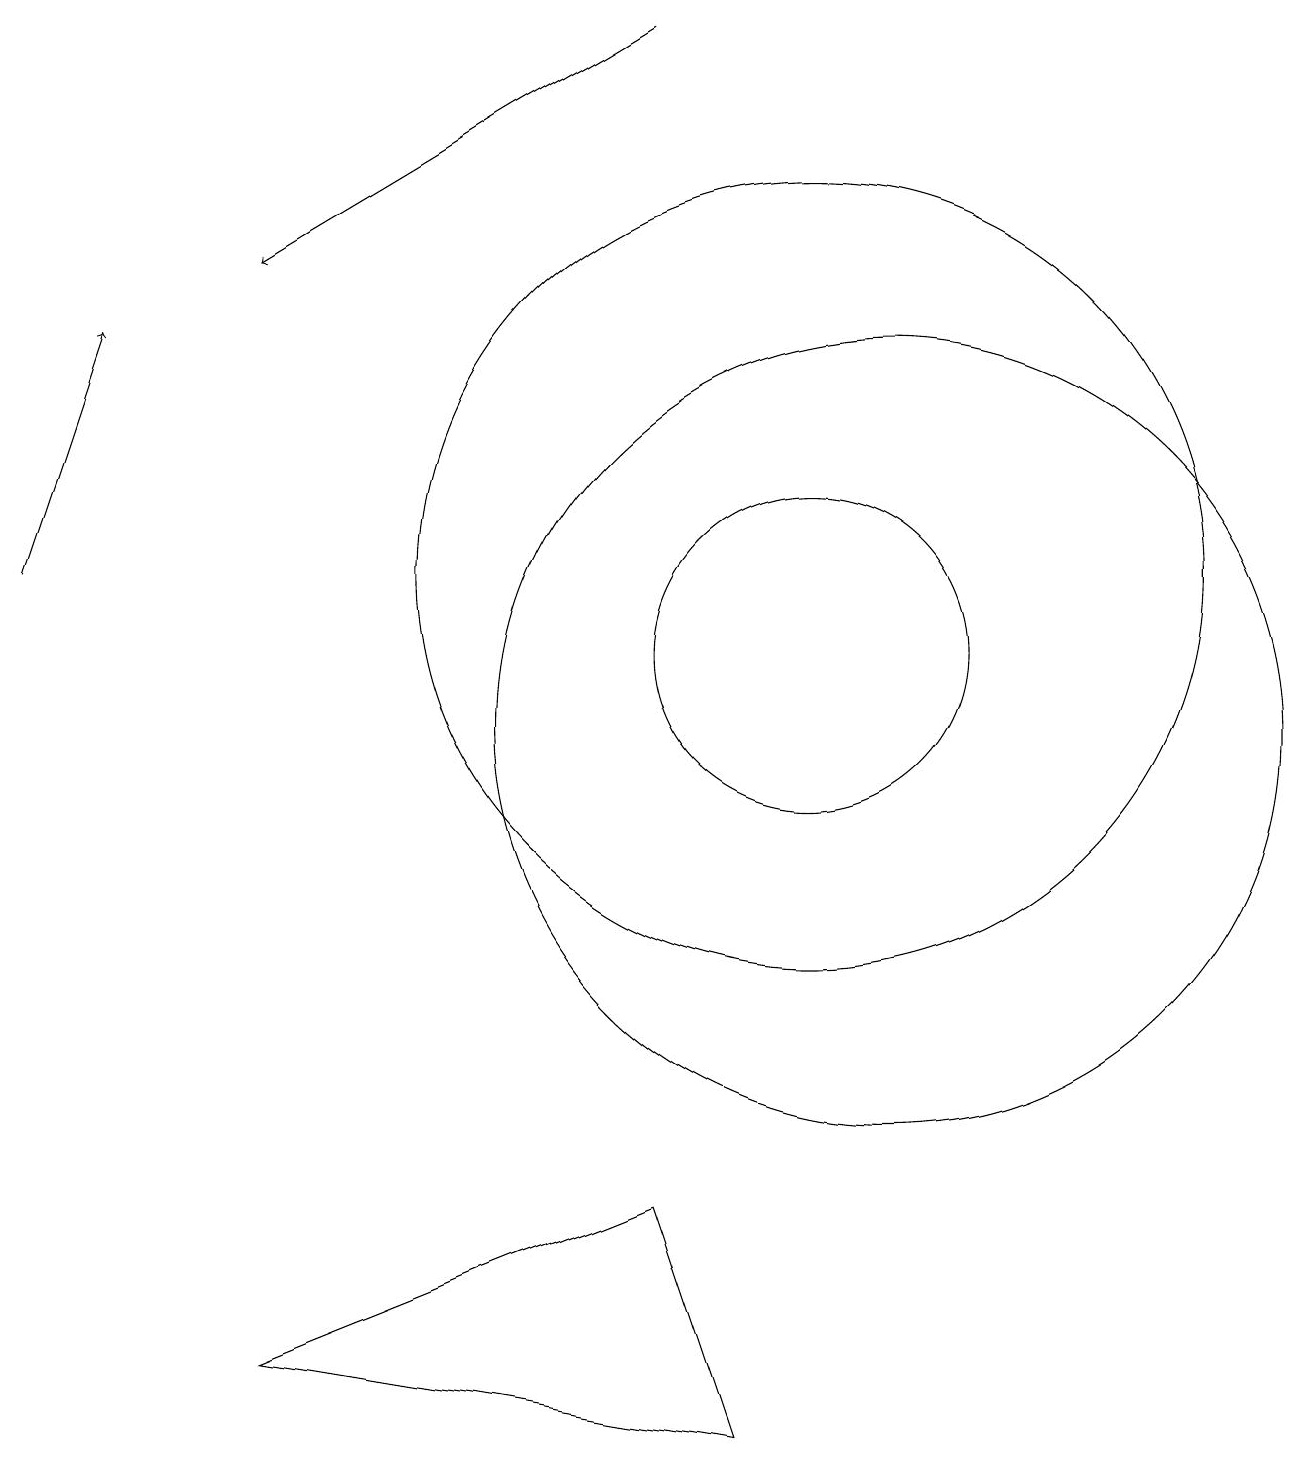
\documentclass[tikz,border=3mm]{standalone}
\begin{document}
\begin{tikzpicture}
\draw[->] (0,12) -- (1,15);
\draw (10,11) circle (2);
\draw (11,10) circle (5);
\draw (10,12) circle (5);
\draw[->] (8,19) -- (3,16);
\draw (8,4) -- (9,1) -- (3,2) -- cycle;
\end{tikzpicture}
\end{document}